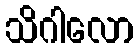
သိဂါလော